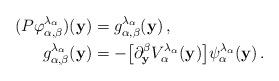
LaTeX: \begin{align*} (P\varphi_{\alpha,\beta}^{\lambda_{\alpha}})({\bf y})&= g_{\alpha,\beta}^{\lambda_{\alpha}}({\bf y})\,,\\ g_{\alpha,\beta}^{\lambda_{\alpha}}({\bf y})&= -\big[\partial_{\bf y}^{\beta}V_{\alpha}^{\lambda_{\alpha}}({\bf y})\big] \psi_{\alpha}^{\lambda_{\alpha}}({\bf y})\,.\end{align*}